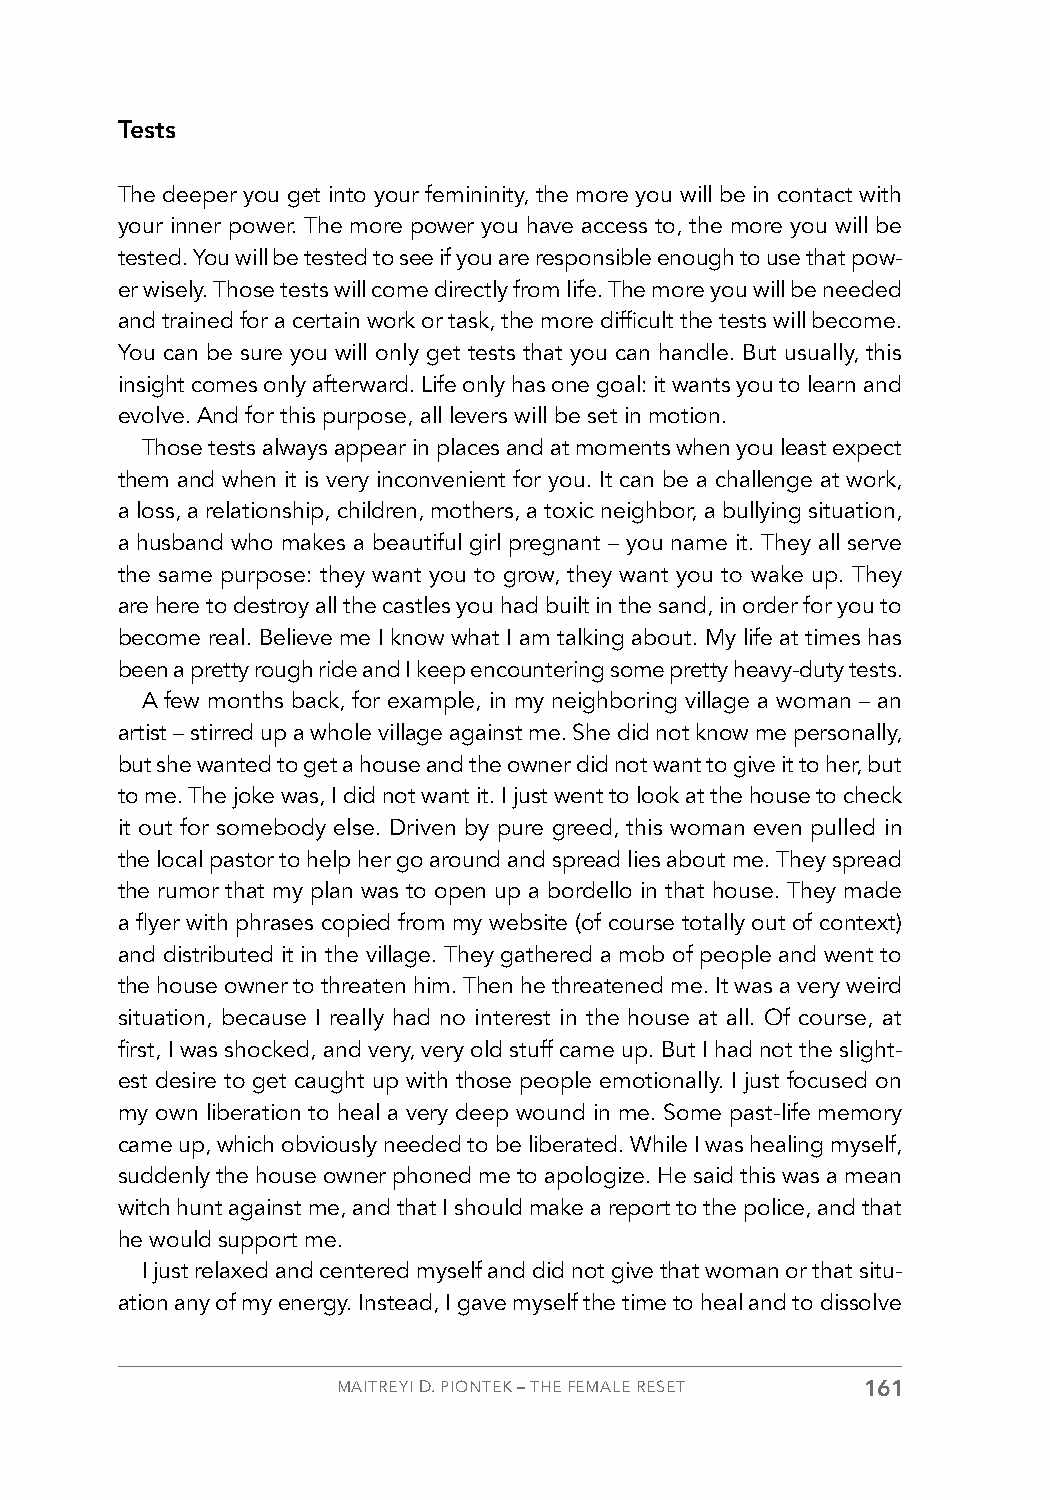
Tests
 The deeper you get into your femininity, the more you will be in contact with
 your inner power. The more power you have access to, the more you will be
 tested. You will be tested to see if you are responsible enough to use that pow-
 er wisely. Those tests will come directly from life. The more you will be needed
 and trained for a certain work or task, the more difficult the tests will become.
 You can be sure you will only get tests that you can handle. But usually, this
 insight comes only afterward. Life only has one goal: it wants you to learn and
 evolve. And for this purpose, all levers will be set in motion.
 Those tests always appear in places and at moments when you least expect
 them and when it is very inconvenient for you. It can be a challenge at work,
 a loss, a relationship, children, mothers, a toxic neighbor, a bullying situation,
 a husband who makes a beautiful girl pregnant – you name it. They all serve
 the same purpose: they want you to grow, they want you to wake up. They
 are here to destroy all the castles you had built in the sand, in order for you to
 become real. Believe me I know what I am talking about. My life at times has
 been a pretty rough ride and I keep encountering some pretty heavy-duty tests.
 A few months back, for example, in my neighboring village a woman – an
 artist – stirred up a whole village against me. She did not know me personally,
 but she wanted to get a house and the owner did not want to give it to her, but
 to me. The joke was, I did not want it. I just went to look at the house to check
 it out for somebody else. Driven by pure greed, this woman even pulled in
 the local pastor to help her go around and spread lies about me. They spread
 the rumor that my plan was to open up a bordello in that house. They made
 a flyer with phrases copied from my website (of course totally out of context)
 and distributed it in the village. They gathered a mob of people and went to
 the house owner to threaten him. Then he threatened me. It was a very weird
 situation, because I really had no interest in the house at all. Of course, at
 first, I was shocked, and very, very old stuff came up. But I had not the slight-
 est desire to get caught up with those people emotionally. I just focused on
 my own liberation to heal a very deep wound in me. Some past-life memory
 came up, which obviously needed to be liberated. While I was healing myself,
 suddenly the house owner phoned me to apologize. He said this was a mean
 witch hunt against me, and that I should make a report to the police, and that
 he would support me.
 I just relaxed and centered myself and did not give that woman or that situ-
 ation any of my energy. Instead, I gave myself the time to heal and to dissolve
 MAITREYI D. PIONTEK – THE FEMALE RESET 161